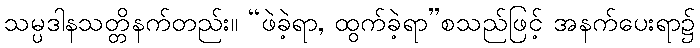
သမ္ပဒါနသတ္တိနက်တည်း။ “ဖဲခဲ့ရာ, ထွက်ခဲ့ရာ”စသည်ဖြင့် အနက်ပေးရာ၌